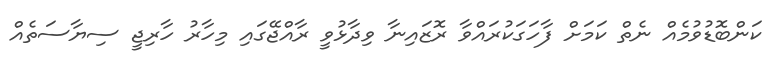
ކަންބޮޑުވުމެއް ނެތް ކަމަށް ފާހަގަކުރައްވާ ރޮޒައިނާ ވިދާޅުވީ ރާއްޖޭގައި މިހާރު ހާރިޖީ ސިޔާސަތެއް